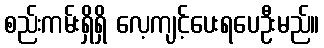
စည်းကမ်းရှိရှိ လေ့ကျင့်ပေးရပေဦးမည်။